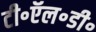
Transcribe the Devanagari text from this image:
टी॰ऍल॰डी॰